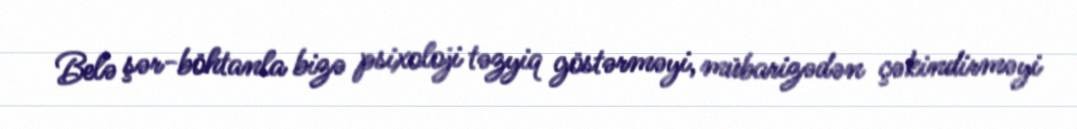
Belə şər-böhtanla bizə psixoloji təzyiq göstərməyi, mübarizədən çəkindirməyi